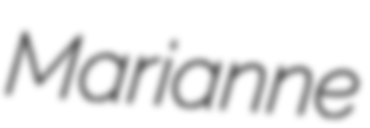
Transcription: Marianne